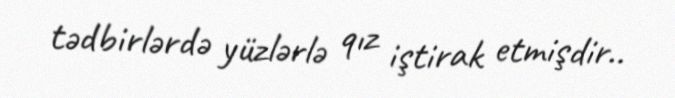
tədbirlərdə yüzlərlə qız iştirak etmişdir..